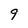
Character: 9